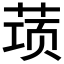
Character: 𰱝